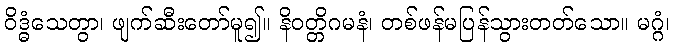
ဝိဒ္ဓံသေတွာ၊ ဖျက်ဆီးတော်မူ၍။ နိဝတ္တိဂမနံ၊ တစ်ဖန်မပြန်သွားတတ်သော။ မဂ္ဂံ၊